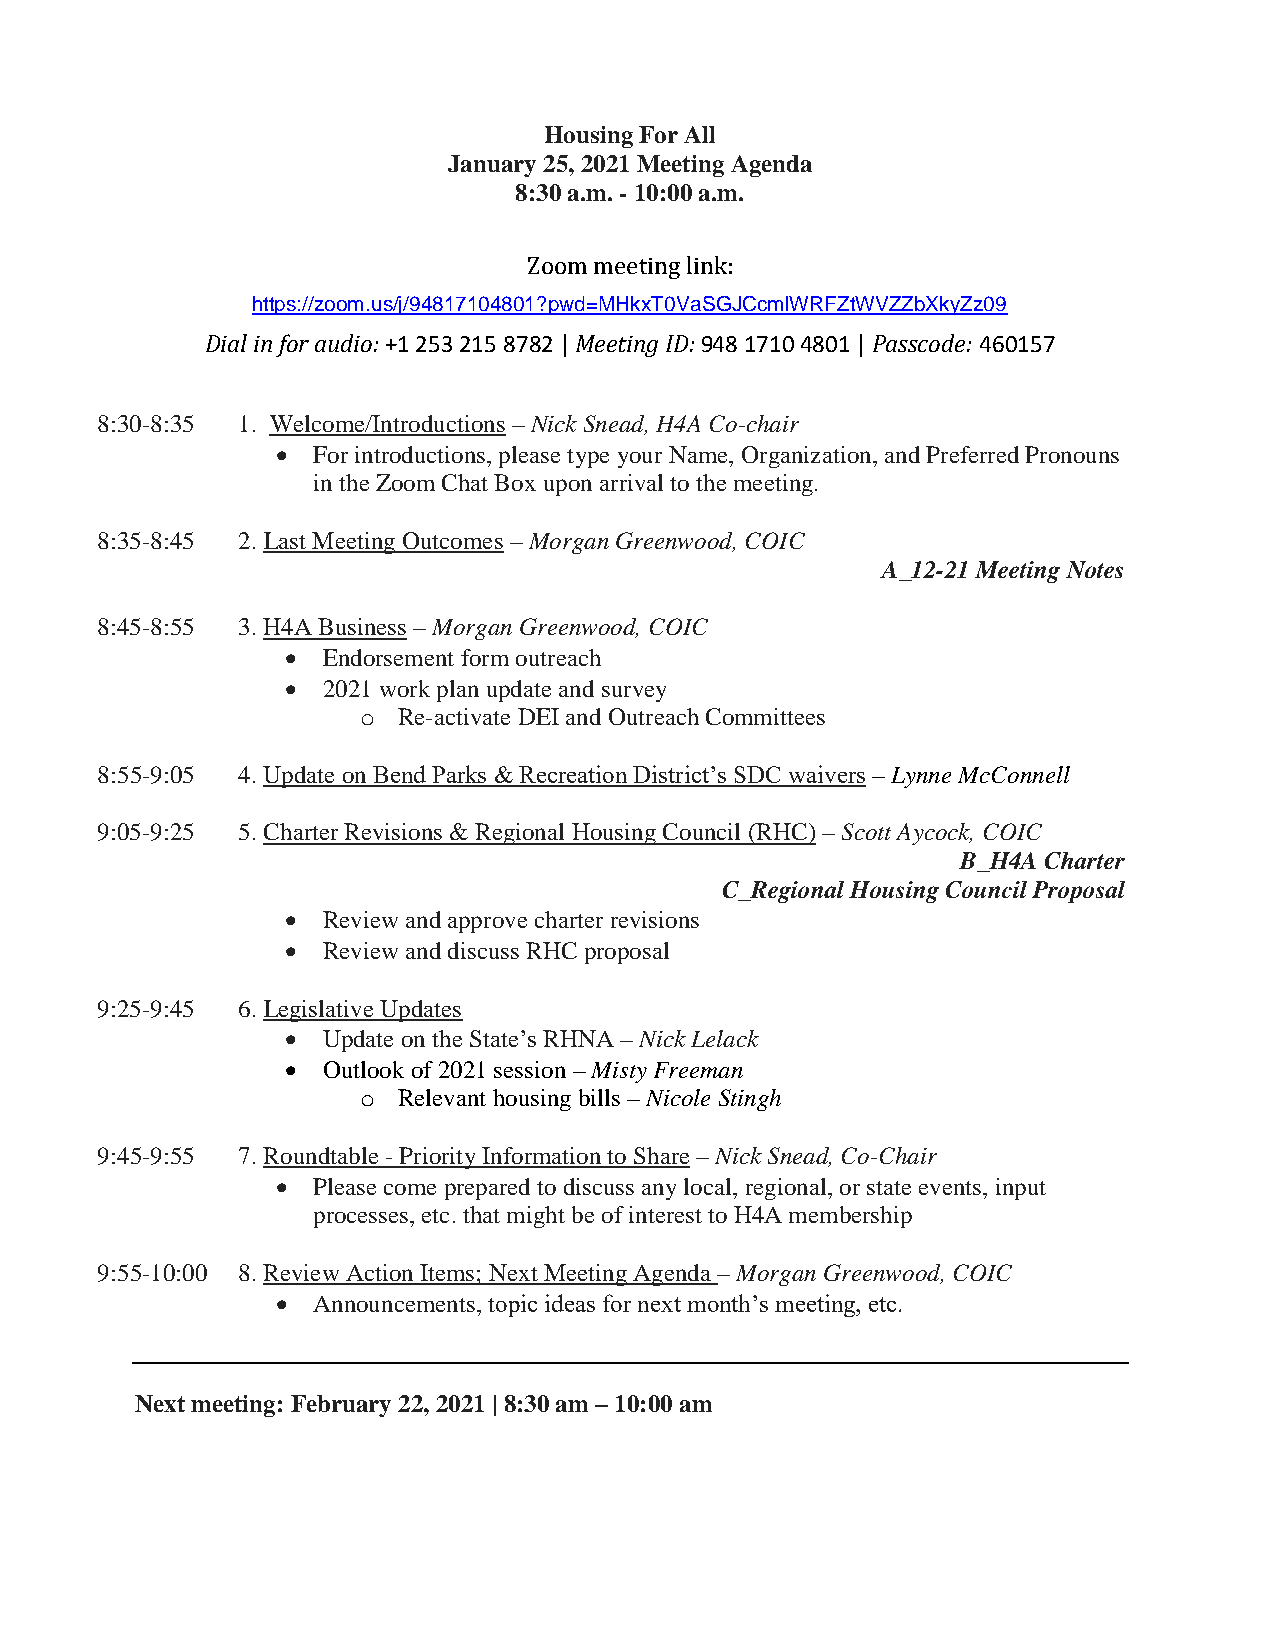
Housing For All
 January 25, 2021 Meeting Agenda
 8:30 a.m. - 10:00 a.m.
 Zoom meeting link:
 https://zoom.us/j/94817104801?pwd=MHkxT0VaSGJCcmlWRFZtWVZZbXkyZz09
 Dial in for audio: +1 253 215 8782 | Meeting ID: 948 1710 4801 | Passcode: 460157
 8:30-8:35 1. Welcome/Introductions – Nick Snead, H4A Co-chair
   For introductions, please type your Name, Organization, and Preferred Pronouns
 in the Zoom Chat Box upon arrival to the meeting.
 8:35-8:45 2. Last Meeting Outcomes – Morgan Greenwood, COIC
 A_12-21 Meeting Notes
 8:45-8:55 3. H4A Business – Morgan Greenwood, COIC
  Endorsement form outreach
  2021 work plan update and survey
 o Re-activate DEI and Outreach Committees
 8:55-9:05 4. Update on Bend Parks & Recreation District’s SDC waivers – Lynne McConnell
 9:05-9:25 5. Charter Revisions & Regional Housing Council (RHC) – Scott Aycock, COIC
 B_H4A Charter
 C_Regional Housing Council Proposal
  Review and approve charter revisions
  Review and discuss RHC proposal
 9:25-9:45 6. Legislative Updates
  Update on the State’s RHNA – Nick Lelack
  Outlook of 2021 session – Misty Freeman
 o Relevant housing bills – Nicole Stingh
 9:45-9:55 7. Roundtable - Priority Information to Share – Nick Snead, Co-Chair
   Please come prepared to discuss any local, regional, or state events, input
 processes, etc. that might be of interest to H4A membership
 9:55-10:00 8. Review Action Items; Next Meeting Agenda – Morgan Greenwood, COIC
   Announcements, topic ideas for next month’s meeting, etc.
 Next meeting: February 22, 2021 | 8:30 am – 10:00 am